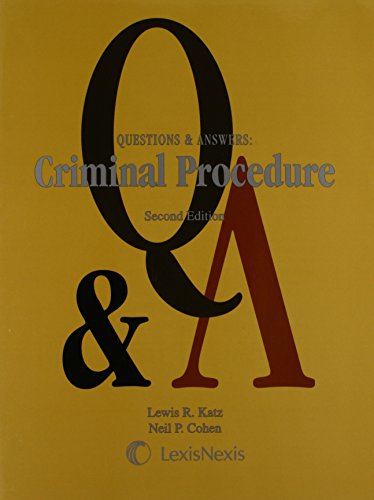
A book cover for Questions and Answers: Criminal Procedure; Lewis R. Katz; Law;